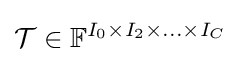
{\mathcal {T}}\in {\mathbb {F} }^{I_{0}\times I_{2}\times \ldots \times I_{C}}